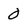
Character: 0